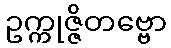
ဥက္ကုဇ္ဇိတဗ္ဗော